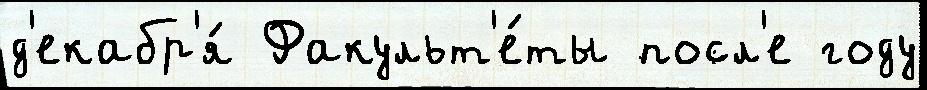
д'екабр'я́ Факульт'е́ты посл'е году